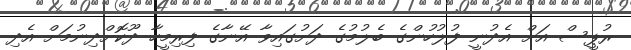
ރުޕީސް އަށް އެދުނީ ފުލުހުންގެ ބެލުމުގެ ދަށުގައިވާ އޭނާގެ ފިރިމީހާ ދޫކޮށްދިނުމަށް އެދި